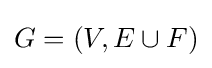
G=(V,E\cup F)